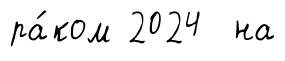
ра́ком 2024 на